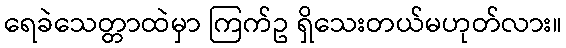
ရေခဲသေတ္တာထဲမှာ ကြက်ဥ ရှိသေးတယ်မဟုတ်လား။